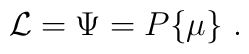
{\cal L}= \Psi=P\{\mu\} \ .